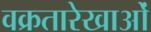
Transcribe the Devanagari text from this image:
वक्रतारेखाओं